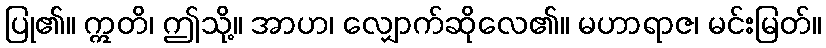
ပြု၏။ ဣတိ၊ ဤသို့။ အာဟ၊ လျှောက်ဆိုလေ၏။ မဟာရာဇ၊ မင်းမြတ်။